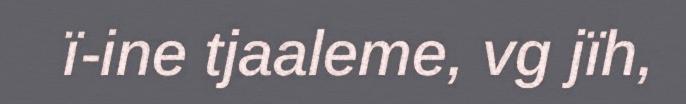
ï-ine tjaaleme, vg jïh,